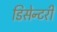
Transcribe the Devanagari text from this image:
डिसेन्टरी